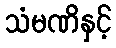
သံမဏိနှင့်